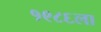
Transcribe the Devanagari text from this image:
१९८६ला